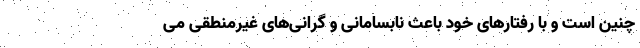
چنین است و با رفتارهای خود باعث نابسامانی و گرانی‌های غیرمنطقی می